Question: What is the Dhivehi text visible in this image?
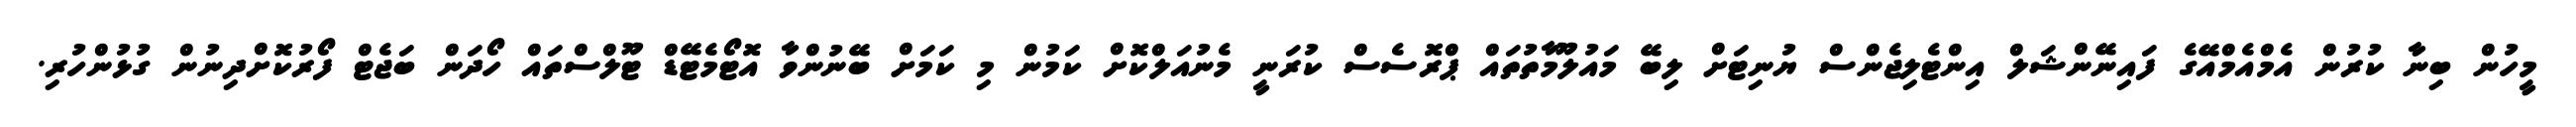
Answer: މީހުން ބިނާ ކުރުން އެމްއެމްއޭގެ ފައިނޭންޝަލް އިންޓެލިޖެންސް ޔުނިޓަށް ލިބޭ މައުލޫމާތުތައް ޕްރޮސެސް ކުރަނީ މެނުއަލްކޮށް ކަމުން މި ކަމަށް ބޭނުންވާ އޮޓޯމެޓޭޑް ޓޫލްސްތައް ހޯދަން ބަޖެޓް ފޯރުކޮށްދިނުން ގުޅުންހުރި.